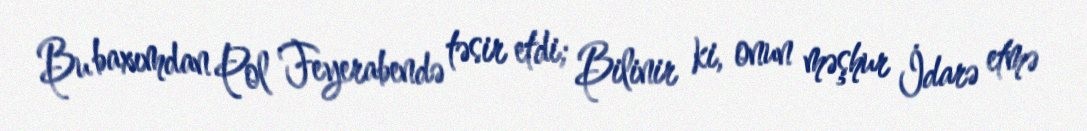
Bu baxımdan Pol Feyerabendə təsir etdi; Bilinir ki, onun məşhur İdarə etmə